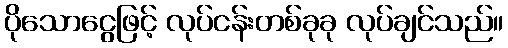
ပိုသောငွေဖြင့် လုပ်ငန်းတစ်ခုခု လုပ်ချင်သည်။